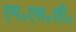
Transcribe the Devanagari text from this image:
एम॰एस॰सी॰